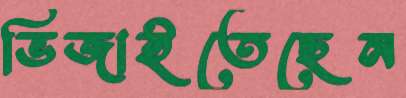
ভিজাইতেছেন